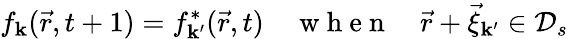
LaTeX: f_{\mathbf{k}}(\vec{{r}},t+1)=f_{\mathbf{k}^{\prime}}^{*}(\vec{{r}},t)\quad\mathrm{{~w~h~e~n~}}\quad\vec{{r}}+\vec{{\xi}}_{\mathbf{k}^{\prime}}\in\mathcal{{D}}_{s}